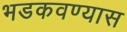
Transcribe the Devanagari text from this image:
भडकवण्यास